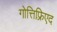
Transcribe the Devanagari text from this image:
गोत्तिफ़्रिएद